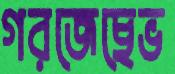
গরজেছেভ